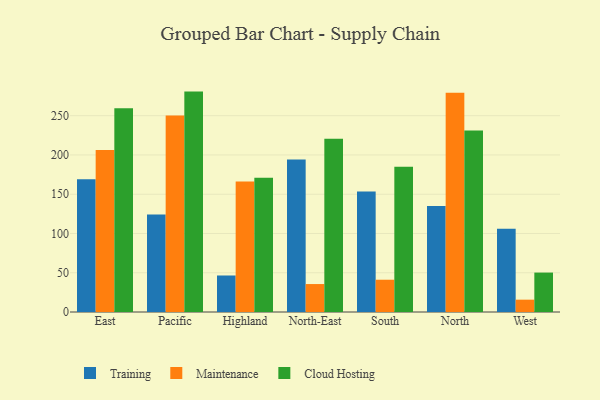
{"axis": {"x": "Region", "y": "Inventory Turnover"}, "legend": ["Cloud Hosting", "Maintenance", "Training"], "data": [{"x": "East", "y": 169.2, "type": "Training"}, {"x": "East", "y": 206.3, "type": "Maintenance"}, {"x": "East", "y": 259.6, "type": "Cloud Hosting"}, {"x": "Pacific", "y": 124.1, "type": "Training"}, {"x": "Pacific", "y": 250.2, "type": "Maintenance"}, {"x": "Pacific", "y": 280.7, "type": "Cloud Hosting"}, {"x": "Highland", "y": 46.5, "type": "Training"}, {"x": "Highland", "y": 166.3, "type": "Maintenance"}, {"x": "Highland", "y": 171.0, "type": "Cloud Hosting"}, {"x": "North-East", "y": 194.2, "type": "Training"}, {"x": "North-East", "y": 35.6, "type": "Maintenance"}, {"x": "North-East", "y": 220.5, "type": "Cloud Hosting"}, {"x": "South", "y": 153.5, "type": "Training"}, {"x": "South", "y": 41.1, "type": "Maintenance"}, {"x": "South", "y": 185.1, "type": "Cloud Hosting"}, {"x": "North", "y": 135.0, "type": "Training"}, {"x": "North", "y": 279.3, "type": "Maintenance"}, {"x": "North", "y": 231.1, "type": "Cloud Hosting"}, {"x": "West", "y": 106.1, "type": "Training"}, {"x": "West", "y": 15.7, "type": "Maintenance"}, {"x": "West", "y": 50.2, "type": "Cloud Hosting"}]}